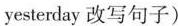
yesterday 改写句子)